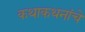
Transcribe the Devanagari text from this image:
कथाकथनांचे